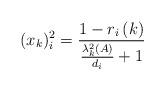
LaTeX: \begin{align*}(x_{k})_{i}^{2}=\frac{1-r_{i}\left( k\right) }{\frac{\lambda_{k}^{2}(A)}{d_{i}}+1} \end{align*}